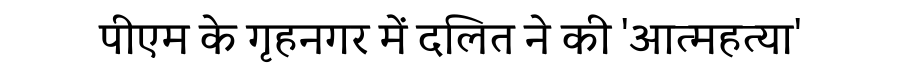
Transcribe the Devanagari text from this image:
पीएम के गृहनगर में दलित ने की 'आत्महत्या'